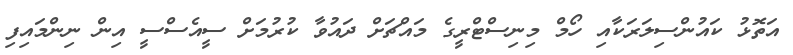
އަތޮޅު ކައުންސިލަރަކާއި ހޯމް މިނިސްޓްރީގެ މައްޗަށް ދައުވާ ކުރުމަށް ސީއެސްސީ އިން ނިންމައިފި